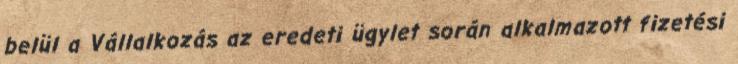
belül a Vállalkozás az eredeti ügylet során alkalmazott fizetési